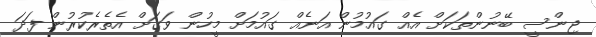
ޖިންސީ ބޭނުންތަކަށް އެއް ގައުމުން އަނެއް ގައުމަށް މީހުން ވަގަށް އެތެރެކުރުން ފަދަ